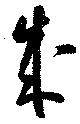
成